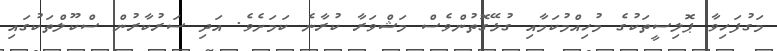
މަގުފަހިވާ ޕޮލިސީތަކުގެ މުހިއްމުކަމާއި ގުޅޭގޮތުންވެސް މަޝްވަރާ ކުރާނެ ކަމަށެވެ. އަދި ސަރުކާރުން ސްކޫލްތަކުގައި